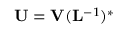
\mathbf { U } = \mathbf { V } ( \mathbf { L } ^ { - 1 } ) ^ { * }